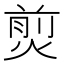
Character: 𤋎